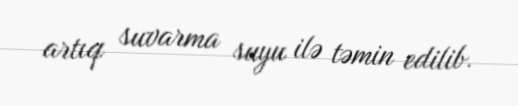
artıq suvarma suyu ilə təmin edilib.